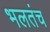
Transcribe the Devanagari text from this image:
भलतंच